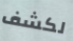
لكشف